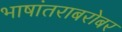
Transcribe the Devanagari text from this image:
भाषांतराबरोबर